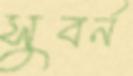
সুবর্ন